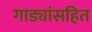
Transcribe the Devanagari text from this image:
गाड्यांसहित